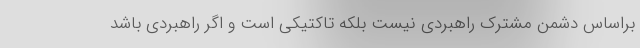
براساس دشمن مشترک راهبردی نیست بلکه تاکتیکی است و اگر راهبردی باشد